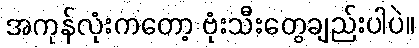
အကုန်လုံးကတော့ ဗုံးသီးတွေချည်းပါပဲ။